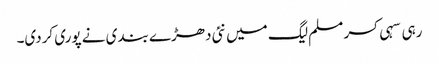
رہی سہی کسر مسلم لیگ میں نئی دھڑے بندی نے پوری کردی۔